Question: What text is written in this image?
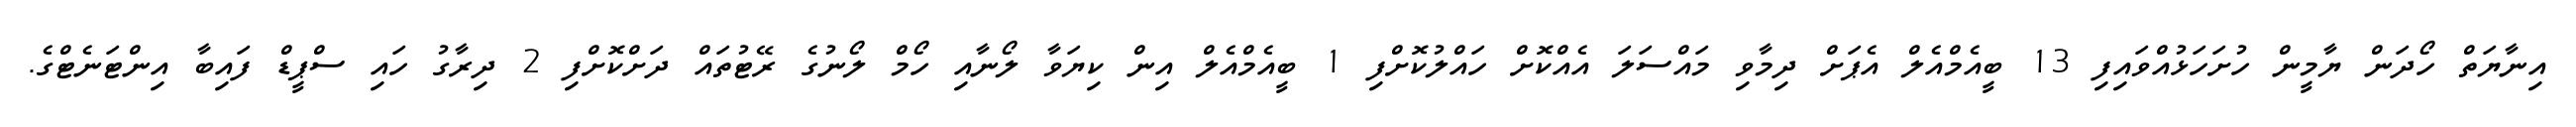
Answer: އިނާޔަތް ހޯދަން ޔާމީން ހުށަހަޅުއްވައިފި 13 ބީއެމްއެލް އެޕަށް ދިމާވި މައްސަލަ އެއްކޮށް ހައްލުކޮށްފި 1 ބީއެމްއެލް އިން ކިޔަވާ ލޯނާއި ހޯމް ލޯނުގެ ރޭޓުތައް ދަށްކޮށްފި 2 ދިރާގު ހައި ސްޕީޑް ފައިބާ އިންޓަނެޓްގެ.